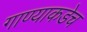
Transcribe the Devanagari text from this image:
गाण्याकडेच